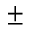
\pm